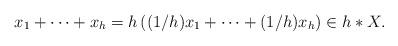
LaTeX: \begin{align*}x_1 + \cdots + x_h = h \left( (1/h)x_1 + \cdots + (1/h)x_h \right) \in h\ast X.\end{align*}